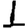
Digit: 1